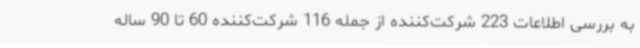
به بررسی اطلاعات 223 شرکت‌کننده از جمله 116 شرکت‌کننده 60 تا 90 ساله